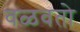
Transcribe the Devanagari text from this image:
वळवतो